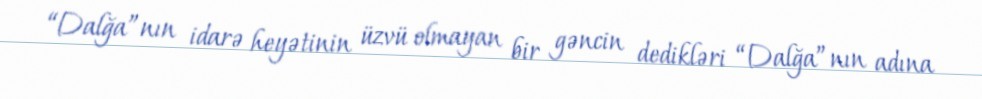
“Dalğa”nın idarə heyətinin üzvü olmayan bir gəncin dedikləri “Dalğa”nın adına